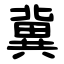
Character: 冀